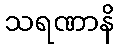
သရဏာနိ